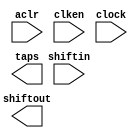
module line_buf_400pts_1line16 (
	aclr,
	clken,
	clock,
	shiftin,
	shiftout,
	taps);

	input	  aclr;
	input	  clken;
	input	  clock;
	input	[15:0]  shiftin;
	output	[15:0]  shiftout;
	output	[15:0]  taps;
`ifndef ALTERA_RESERVED_QIS
// synopsys translate_off
`endif
	tri1	  aclr;
	tri1	  clken;
`ifndef ALTERA_RESERVED_QIS
// synopsys translate_on
`endif

endmodule